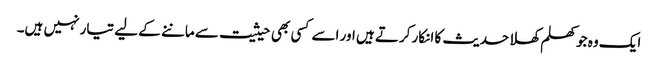
ایک وہ جو کھلم کھلا حدیث کا انکار کرتے ہیں اور اسے کسی بھی حیثیت سے ماننے کے لیے تیار نہیں ہیں۔